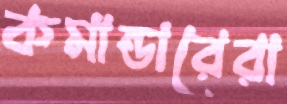
কমান্ডারেরা